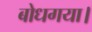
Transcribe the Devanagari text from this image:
बोधगया।